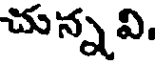
చున్నవి.